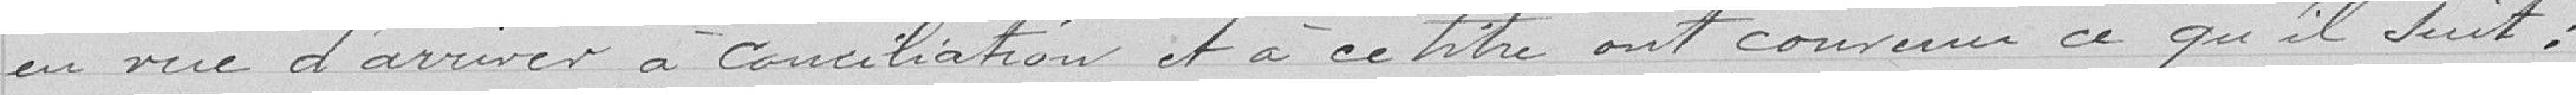
en vue d'arriver à conciliation et à ce titre ont convenu ce qu'il suit :